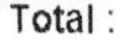
TOTAL :